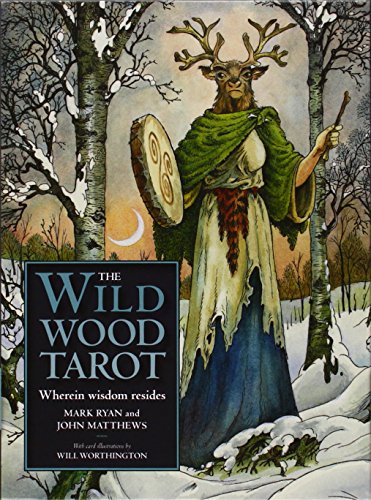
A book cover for The Wildwood Tarot: Wherein Wisdom Resides; Mark Ryan; Religion & Spirituality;